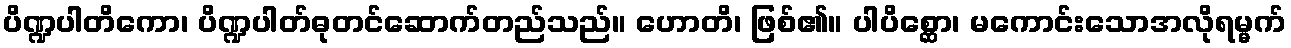
ပိဏ္ဍပါတိကော၊ ပိဏ္ဍပါတ်ဓုတင်ဆောက်တည်သည်။ ဟောတိ၊ ဖြစ်၏။ ပါပိစ္ဆော၊ မကောင်းသောအလိုရမ္မက်